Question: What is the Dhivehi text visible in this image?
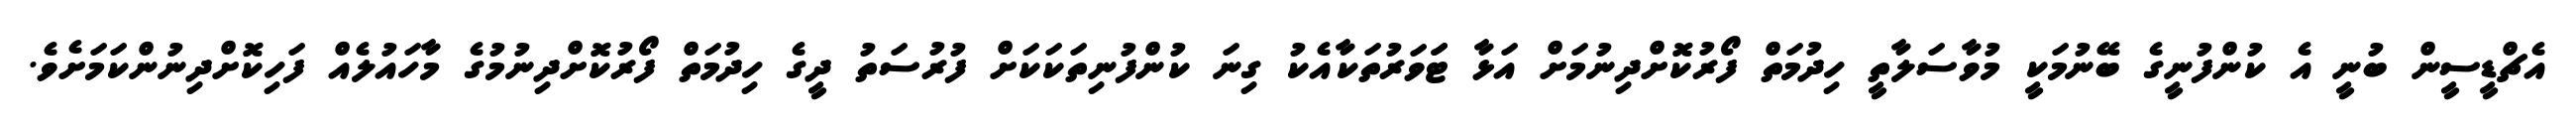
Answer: އެޗްޑީސީން ބުނީ އެ ކުންފުނީގެ ބޭނުމަކީ މުވާސަލާތީ ހިދުމަތް ފޯރުކޮށްދިނުމަށް އަޅާ ޓަަވަރުތަކާއެކު ގިނަ ކުންފުނިތަކަކަށް ފުރުސަތު ދީގެ ހިދުމަތް ފޯރުކޮށްދިނުމުގެ މާހައުލެއް ފަހިކޮށްދިނުންކަމަށެވެ.